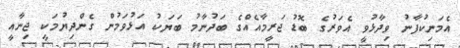
އެމަނިކުފާނު ވިދާޅުވީ އެވަރުގެ ބޮޑު ޖަރީމާއެއްގެ ބަދުނާމު ބަޔަކު އަޅުވަމުން ގެންދިޔުމަކީ ޖިނާއީ